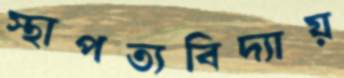
স্থাপত্যবিদ্যায়